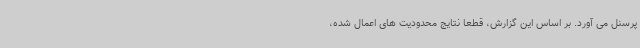
پرسنل می آورد. بر اساس این گزارش، قطعا نتایج محدودیت های اعمال شده،